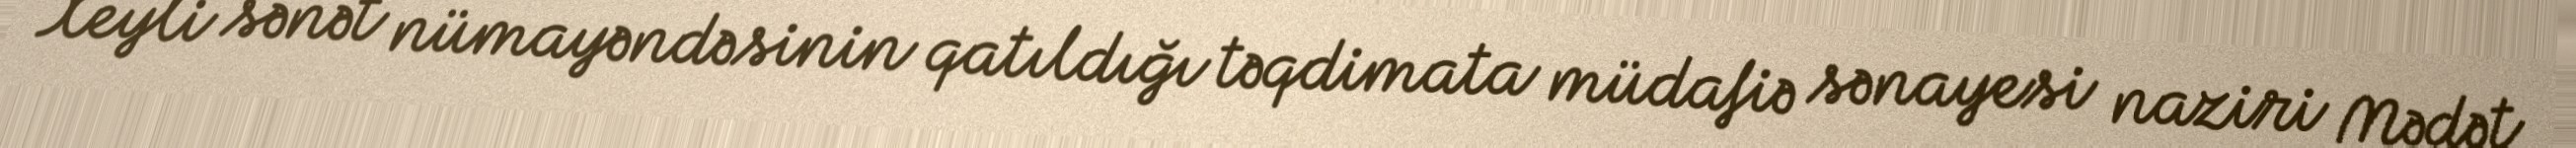
Xeyli sənət nümayəndəsinin qatıldığı təqdimata müdafiə sənayesi naziri Mədət